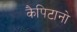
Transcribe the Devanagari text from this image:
कैपिटानो